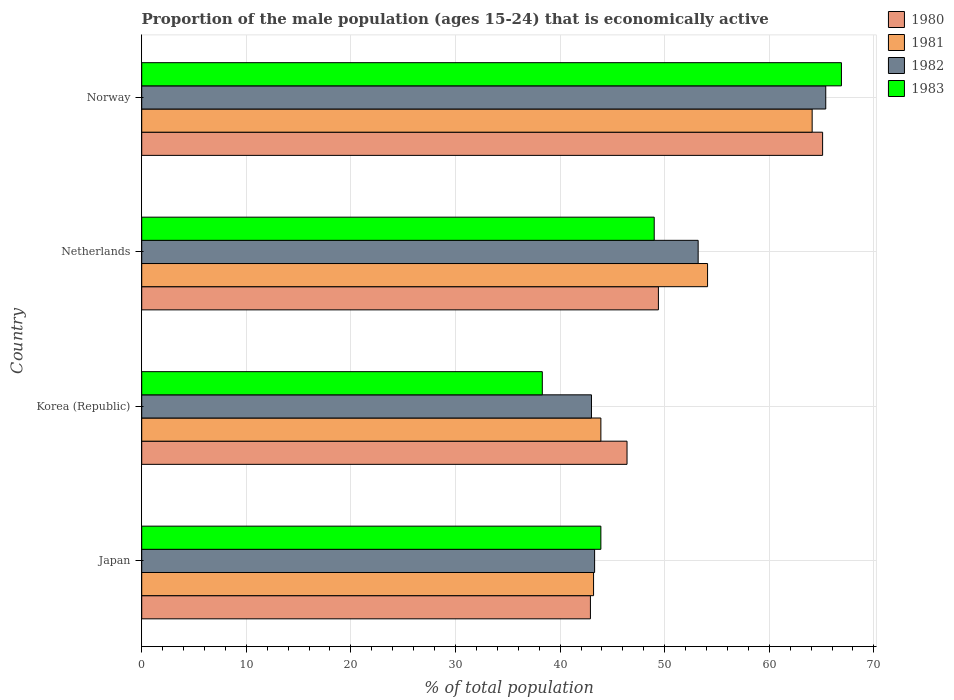
| Country | 1980 | 1981 | 1982 | 1983 |
 | --- | --- | --- | --- | --- |
 | Japan | 42.9 | 43.2 | 43.3 | 43.9 |
 | Korea (Republic) | 46.4 | 43.9 | 43 | 38.3 |
 | Netherlands | 49.4 | 54.1 | 53.2 | 49 |
 | Norway | 65.1 | 64.1 | 65.4 | 66.9 |